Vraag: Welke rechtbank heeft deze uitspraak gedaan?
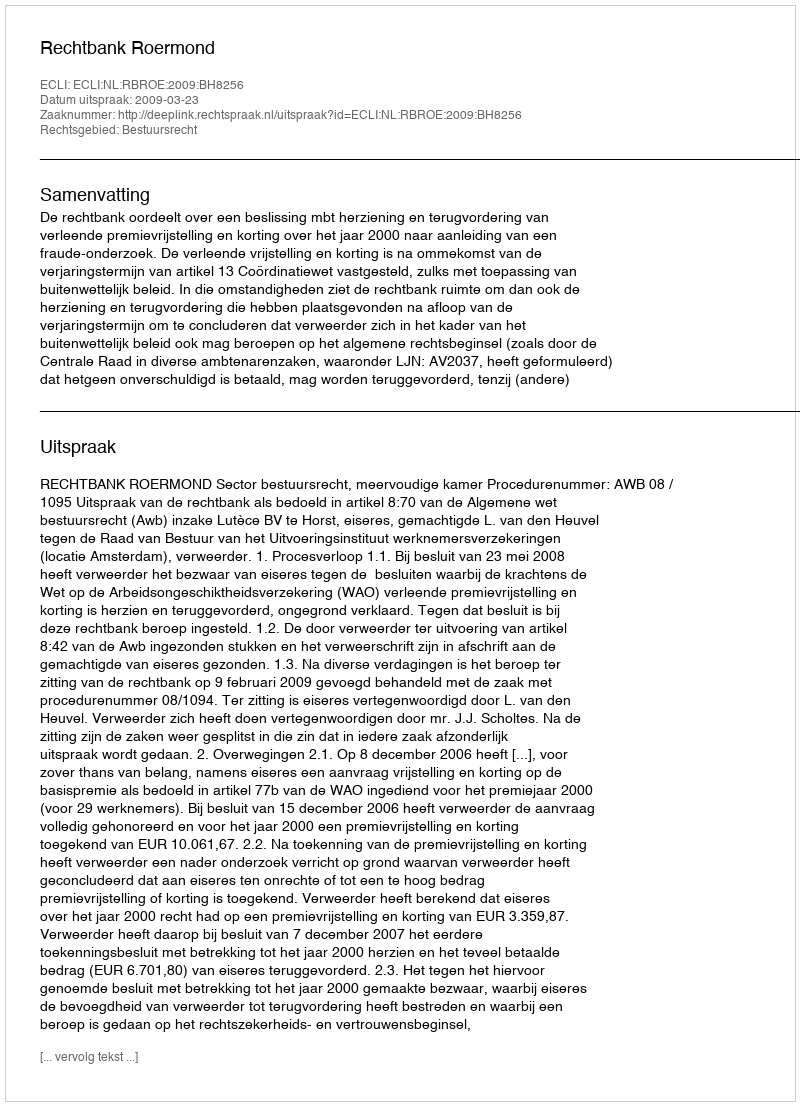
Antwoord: Rechtbank Roermond